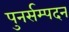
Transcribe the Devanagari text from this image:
पुनर्सम्पदन